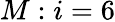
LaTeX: M:i=6